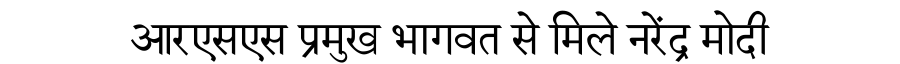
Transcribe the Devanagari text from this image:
आरएसएस प्रमुख भागवत से मिले नरेंद्र मोदी